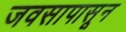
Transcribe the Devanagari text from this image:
जवसापासून